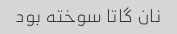
نان گاتا سوخته بود